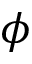
\phi